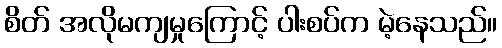
စိတ် အလိုမကျမှုကြောင့် ပါးစပ်က မဲ့နေသည်။